Annual statistical returns and brief notes on vaccination in Bengal - 1909-1929
Year: 1909
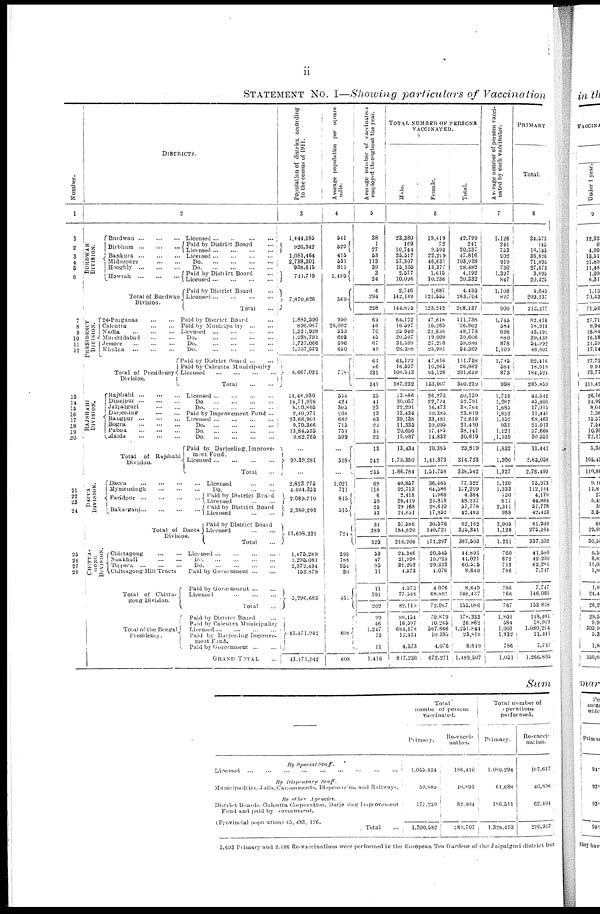
ii
STATEMENT No. I—Showing particulars of Vaccination
Number.
1
1
2
3
4
5
6
7
8
9
10
11
12
13
14 15
16
17
18
19
20
21
22
23
24
25
26
27
28
DISTRICTS.
2
BURDWAN
DIVISION.
PRESIDENCY
DIVISION.
RASHAHI
DIVISION.
Burdwan
...
...
...
Licensed
...
...
...
...
Birbhum ... ... ...
Paid by District Board
...
Licensed
...
...
...
...
Bankura
...
...
...
Licensed
...
...
...
...
Midnapore
...
...
...
Do ... ... ... ...
Hooghly
...
...
...
Do. ... ... ... ...
Howrah
...
...
...
Total of Burdwan
Division.
Paid by District Board
...
Licensed
...
...
...
...
Paid by District Board ...
Licensed
...
...
...
...
Total ...
24-Pargunas
...
...
Paid by District Board ...
Calcutta
...
...
Paid by Municipality
...
...
Nadia
...
...
Licenced
...
...
...
...
Murshidabad
...
...
Do.
...
...
...
...
Jessore
...
...
Do.
...
...
...
...
Khulna
...
...
Do.
...
...
...
...
Total of Presidency
Division.
Paid by District
Board ... ...
Paid by Calcutta Municipality
Licensed ... ... ... ...
Total
...
...
Rajshahi
...
...
... Licensed
...
...
...
...
Dinajpur...
...
...
Do.... ... ... ...
Jalpaiguri
...
...
Do. ... ... ... ...
Darjeeling
...
...
paid
by Improvement Fund ...
Rangpur...
...
... Licensed
...
...
...
...
Bogra
...
...
...
Do. ... ... ... ...
Pabna
...
...
...
Do. ... ... ... ...
Malda
...
...
...
Do. ... ... ... ...
Total of Rajshahi
Division.
DACCA
DIVISION.
CHITTA¬
GONG
DIVISION.
Paid by Darjeeling Improve¬
ment Fund.
Licensed
...
...
...
...
Total ...
Dacca
...
...
...
...
Licensed
...
...
Mymensingh
...
...
...
...
Do.
...
...
Faridpur ... ... ... ...
Bakarganj ... ... ... ...
Total of Dacca
Division
Paid by District Board
Licensed
...
...
Paid by District Board
Licensed
...
...
Paid by District Board
Licensed ... ...
Total ...
Chittagong
...
...
Licensed
...
...
...
...
Noakhali ... ... Do. ... ... ... ...
Tippera ... ... ... ... Do. ... ... ... ...
Chittagong Hill Tracts
Paid by Government
...
...
Total of Chitta¬
gong Division.
Total of the Bengal
Presidency.
Paid by Government
...
...
Licensed
...
...
...
Local ...
Paid by District Board ...
Paid by Calcutta Municipality
Licensed
...
...
...
...
Paid by Darjeeling Improve-
ment Fund.
Paid by Government ... ...
GRAND TOTAL
...
Population of district according
to the census of 1911.
3
1,444,185
926,342
1,081,464
2,738,301
938,615
741,719
7,870,626
1,885,590
896,067
1,521,928
1,288,791
1,737,066
1,337,579
8,667,021
14,43,930
16,71 918
8,90,895
2,40,971
23,68,901
9,70,366
13,84,535
9,62,765
...
99,39,281
...
2,823,975
4,404,353
2,089,710
2,380,293
11,698,331
1,4 75,289
1,295,081
2,372,434
153,879
5,296,683
43,171,942
43,471,942
Average population per square
mile.
4
541
529
415
531
811
1,489
569
950
28,002
553
609
596
650
718
554
424 305
208
682
715
754
509
...
518
...
1,021
711
815
515
724
593
788
954
30
451
608
608
Average number of vaccinators
employed throughout the year.
5
38
1
27
53
113
39
3
24
4
294
298
64
46
70
45
67
49
64
46
231
341
35
41
23
13
63
23
34
23
13
242
255
69
118
6
59
25
43
31
289
320
59
47
85
11
11
191
202
99
46
1,247
13
11
1,416
TOTAL NUMBER OF PERSONS
VACCINATED.
Male.
Female.
Total.
6
23,380
169
10,744
25,517
57,307
15,105
2,577
10,096
2,746
142,149
144,895
64,122
16,597
25,940
20,597
31,588
2S,388
64,122
16,597
106,513
187,232
33,886
30,057
22,291
13,434
39,138
11,335
20,656
15,987
13,434
1,73,350
1,86,784
40,857
92,713
2,418
26,419
29,168
21,631
31,586
184,620
216,206
24,346
21,998
31,202
4,573
4,573
77,548
82,119
98,454
16,597
684,178
13,434
4,573
817,236
19,419
72
9,593
22,299
46,631
13,377
1,615
10,236
1,687
121,555
123,242
47,616
10,265
22,848
19,009
27,288
25,981
47,616
10,265
98,126
153,007
26,273
22,734
16,473
10,385
33,481
10,095
17,485
14,832
10,385
1,41,373
1,51,758
36,465
64,586
1,966
21,818
28,610
17,852
30,576
140,721
171,297
20,545
19,023
29,323
4,076
4,076
68,891
72,967
79,879
10,265
567,666
10,385
4,076
672,271
42,799
241
20,337
47,816
103,938
28,482
4,192
20,332
4,433
263,704
268,137
111,738
26,862
48,773
39,606
58,886
54,369
111,738
26,862
201,639
340,239
60,159
52,791
38,764
23,819
72,619
21,430
38,141
30,819
23,819
314,723
338,542
77,322
157,299
4,384
48,237
57,778
42,483
62,162
325,341
387,503
44,891
41,021
60,525
8,649
8,649
146,437
155,086
178,333
26,862
1,251,844
23,819
8,649
1,489,507
Average number of persons vacci-
nated by each vaccinator.
7
1,126
241
753
902
919
730
1,397
847
1,108
897
900
1,745
584
696
880
878
1,109
1,745
584
873
998
1,718
1,287 1,685
1,882
1,152
931
1,121
1,339
1,832
1,300
1,327
1,120
1,333
730
817
2,311
988
2,605
1,126
1,211
760
872
712
786
786
766
767
1,801
584
1,003
1,832
786
1,051
PRIMARY
Total.
8
34,573
145
18,145
36,626
71,895
27,873
3,895
20,325
4,040
209,237
213,277
82,416
18,919
43,491
39,439
54,992
46,602
82,416
18,919
184,524
285,859
44,542
45,806 17,015
11,441
68,463
21,013
37,666
30,553
11,441
2,65,058
2,76,499
75,973
112,114
4,170
44,864
57,778
42,433
61,948
275,384
337,332
41,580
42,230
62,281
7,747
7,747
146,091
153,838
148,404
18,919
1,080,264
11,441
7,747
1,266,803
Sum
By Special Staff.
Licensed
...
...
...
...
...
...
...
...
...
By Dispensary
Staff.
Municipalities, Jails, Contonments, Dispensaries, and Railways.
By other
Agencies.
District Boards, Calcutta Corporation, Darjeeling Improvement
Fund and paid by Government.
(Provincial population) 45, 483, 126.
Total
Total
number of persons
vaccinated.
Primary.
1,065,434
5P,889
172,259
1,300,582
Re-vacci-
nation.
186,410
40,893
62,401
289,707
Total number of
operations
performed.
Primary.
1,080,294
61,688
186,511
1,328,493
Re-vacci-
nation.
187,617
40,896
62,404
290,917
5,693 Primary and 2,446 Re-vaccinations were performed in the European Tea Gardens of the Jalpaiguri district but